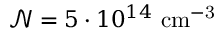
\mathcal { N } = 5 \cdot 1 0 ^ { 1 4 } \mathrm { ~ c m ^ { - 3 } }